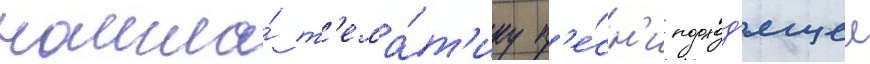
нашла́ т'ема́т'ику п'е́сн'и подход'ящеи